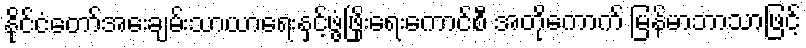
နိုင်ငံတော်အေးချမ်းသာယာရေးနှင့်ဖွံ့ဖြိုးရေးကောင်စီ အတိုကောက် မြန်မာဘာသာဖြင့်